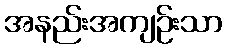
အနည်းအကျဉ်းသာ